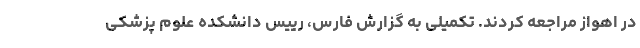
در اهواز مراجعه کردند. تکمیلی به گزارش فارس، رییس دانشکده علوم پزشکی